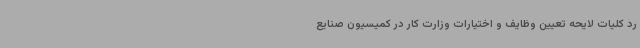
رد کلیات لایحه تعیین وظایف و اختیارات وزارت کار در کمیسیون صنایع